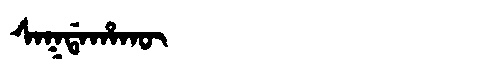
Manchu: ᠰᠠᡴᡩᠠᡥᠠᡴᡡ
Romanization: SAKDAHAKŪ